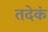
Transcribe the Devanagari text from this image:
तदेकं